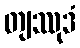
တျဿုဒံ